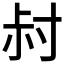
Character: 𡬧